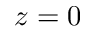
z = 0